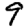
Digit: 9